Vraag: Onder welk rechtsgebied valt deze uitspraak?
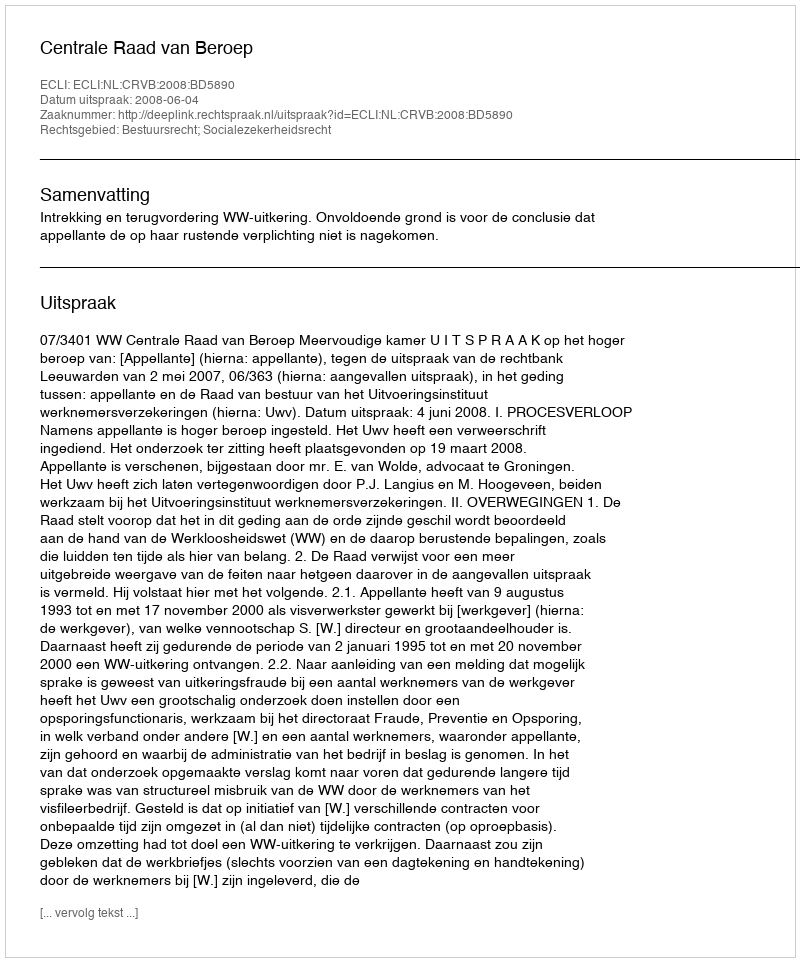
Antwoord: Bestuursrecht; Socialezekerheidsrecht